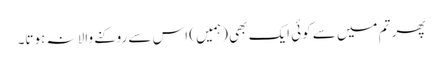
پھر تم میں سے کوئی ایک بھی (ہمیں ) اس سے روکنے والا نہ ہوتا۔